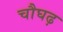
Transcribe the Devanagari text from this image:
चौघढ़